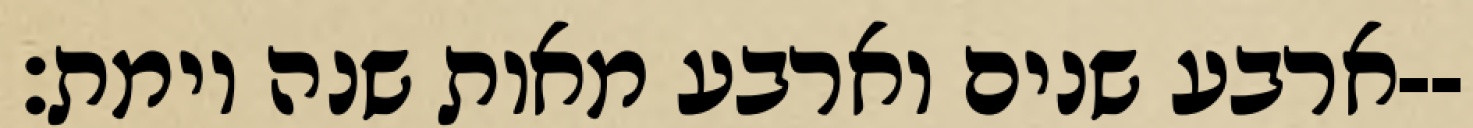
ארבע שנים וארבע מאות שנה וימת׃--